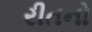
રીતનો